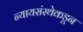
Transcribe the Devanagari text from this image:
न्यायसंस्थेकडून